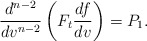
\begin{align*} \frac{d^{n-2}}{dv^{n-2}}\left(F_t\frac{df}{dv}\right)=P_1.\end{align*}